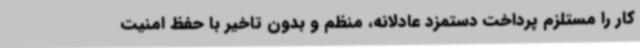
کار را مستلزم پرداخت دستمزد عادلانه، منظم و بدون تاخیر با حفظ امنیت